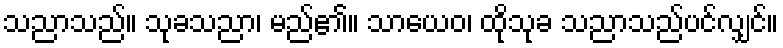
သညာသည်။ သုခသညာ၊ မည်၏။ သာယေဝ၊ ထိုသုခ သညာသည်ပင်လျှင်။